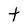
Character: t